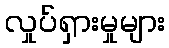
လှုပ်ရှားမှုများ